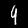
Digit: 9